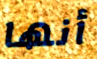
أنها